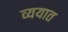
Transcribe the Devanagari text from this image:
व्ययात